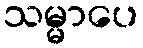
သမ္မာပေ